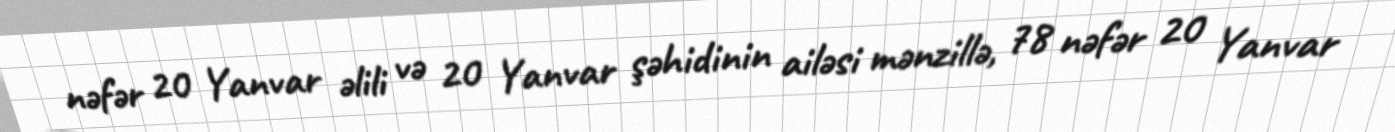
nəfər 20 Yanvar əlili və 20 Yanvar şəhidinin ailəsi mənzillə, 78 nəfər 20 Yanvar